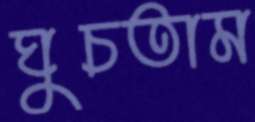
ঘুচতাম